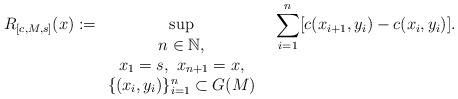
\begin{align*}R_{[c,M,s]}(x):=\sup_{\begin{array}{c} n\in\mathbb{N},\\ x_1=s,\ x_{n+1}=x,\\ \{(x_i,y_i)\}_{i=1}^n\subset G(M) \end{array} }\ \ \sum_{i=1}^n [c(x_{i+1},y_i)-c(x_i,y_i)].\end{align*}